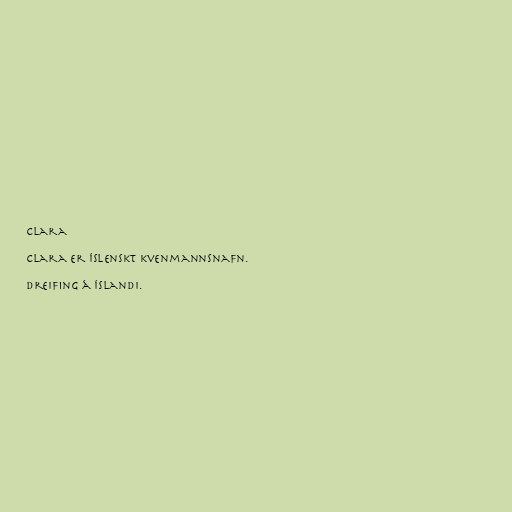
Clara

Clara er íslenskt kvenmannsnafn.

Dreifing á Íslandi.